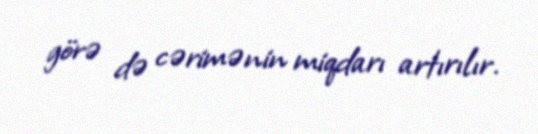
görə də cərimənin miqdarı artırılır.